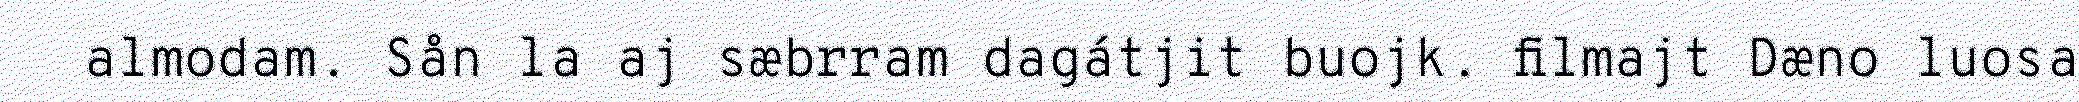
almodam. Sån la aj sæbrram dagátjit buojk. filmajt Dæno luosa